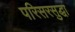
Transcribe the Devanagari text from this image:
परिसरसुद्धा